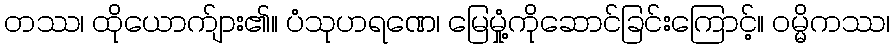
တဿ၊ ထိုယောက်ျား၏။ ပံသုဟရဏေ၊ မြေမှုံ့ကိုဆောင်ခြင်းကြောင့်။ ဝမ္မိကဿ၊